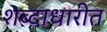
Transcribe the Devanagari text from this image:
शब्दाधारीत